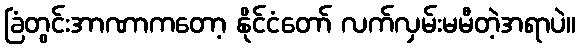
ခြံတွင်းအာဏာကတော့ နိုင်ငံတော် လက်လှမ်းမမီတဲ့အရာပဲ။